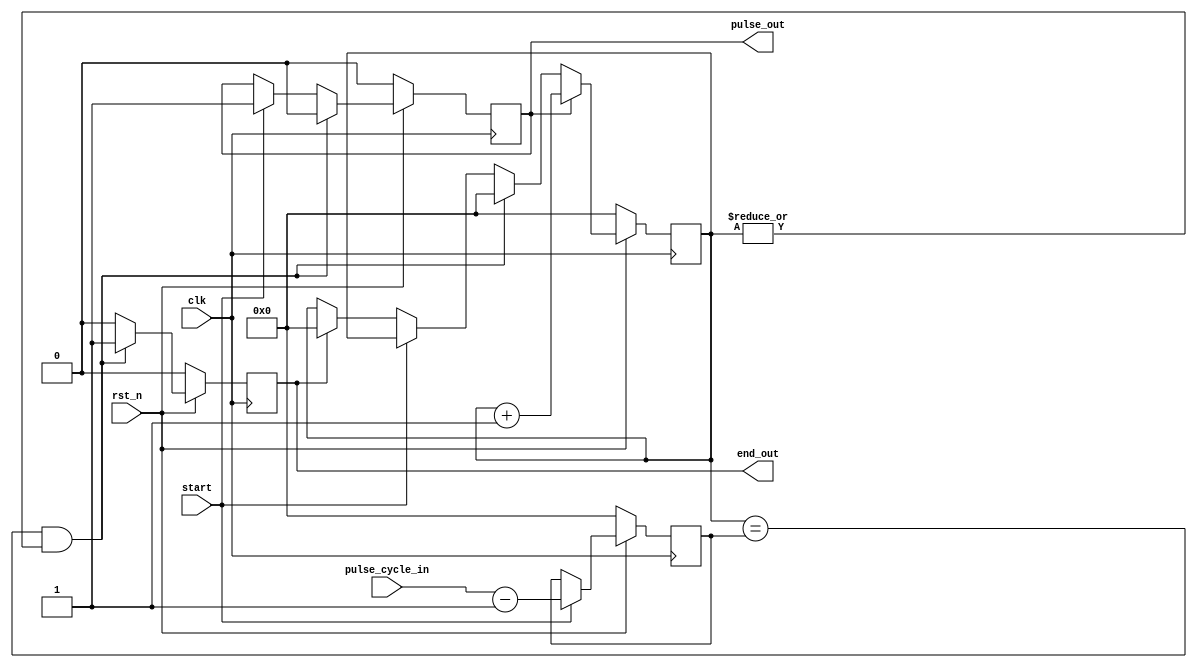
`timescale 1ns/1ps
// Generate a pulse that holds a certain number of clock cycles
module pulse_gen (
    input       clk,
    input       rst_n,
    input       start,
    input[31:0] pulse_cycle_in,
    output      pulse_out,
    output reg  end_out
);

reg         pulse;
reg [31:0]  cnt;
reg [31:0]  pulse_cycle_reg;

assign pulse_out = pulse;

always @(posedge clk) begin
    if(~rst_n) begin
       cnt <= 'h0;
       pulse <= 1'b0;
       pulse_cycle_reg <= 'h0;
       end_out <= 1'b0;
    end else begin
        end_out <= 1'b0;
        if (start) begin
            pulse <= 1'b1;
            pulse_cycle_reg <= pulse_cycle_in - 1'd1;
        end
        else if (end_out) begin
            cnt <= 'h0;
        end

        if (cnt == pulse_cycle_reg & (|cnt)) begin
            pulse <= 1'b0;
            end_out <= 1'b1;
            cnt <= 'h0;
        end

        if (pulse) cnt <= cnt + 1'd1;
    end
end
endmodule